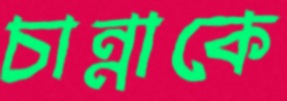
চান্নাকে